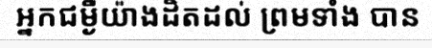
អ្នកជម្ងឺយ៉ាងដិតដល់ ព្រមទាំង បាន